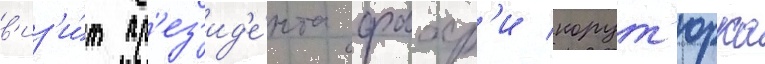
в'из'и́т пр'ез'ид'е́нта фахр'и корут'юрка